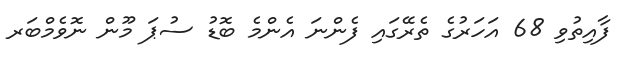
ފާއިތުވި 68 އަހަރުގެ ތެރޭގައި ފެންނަ އެންމެ ބޮޑު ސުޕަ މޫން ނޮވެމްބަރ